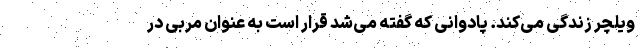
ویلچر زندگی می‌کند. پادوانی که گفته می‌شد قرار است به عنوان مربی در